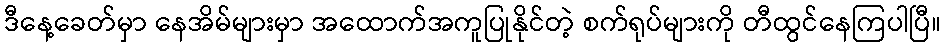
ဒီနေ့ခေတ်မှာ နေအိမ်များမှာ အထောက်အကူပြုနိုင်တဲ့ စက်ရုပ်များကို တီထွင်နေကြပါပြီ။